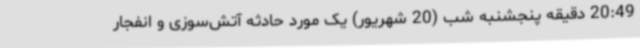
20:49 دقیقه پنجشنبه شب (20 شهریور) یک مورد حادثه آتش‌سوزی و انفجار